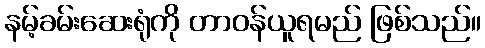
နမ့်ခမ်းဆေးရုံကို တာဝန်ယူရမည် ဖြစ်သည်။